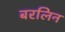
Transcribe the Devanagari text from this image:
बरलिन